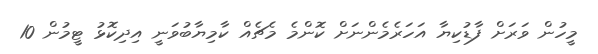
މީހުން ވަރަށް ފާޑުކިޔާ އަހަރެމެންނަށް ކޮންމެ މެޗެއް ކާމިޔާބުވަނީ އިދިކޮޅު ޓީމުން 10